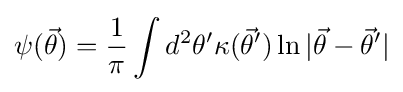
\psi ({\vec {\theta }})={\frac {1}{\pi }}\int d^{2}\theta ^{\prime }\kappa ({\vec {\theta }}^{\prime })\ln |{\vec {\theta }}-{\vec {\theta }}^{\prime }|